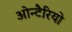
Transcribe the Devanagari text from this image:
ओन्टैरियो